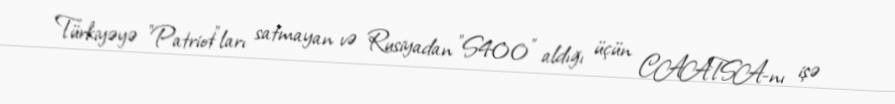
Türkiyəyə "Patriot"ları satmayan və Rusiyadan "S400" aldığı üçün CAATSA-nı işə